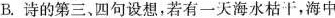
B.诗的第三、四句设想，若有一天海水枯干，海中